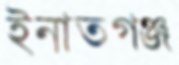
ইনাতগঞ্জ